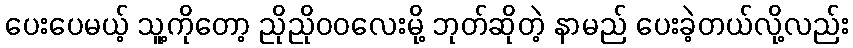
ပေးပေမယ့် သူ့ကိုတော့ ညိုညိုဝဝလေးမို့ ဘုတ်ဆိုတဲ့ နာမည် ပေးခဲ့တယ်လို့လည်း